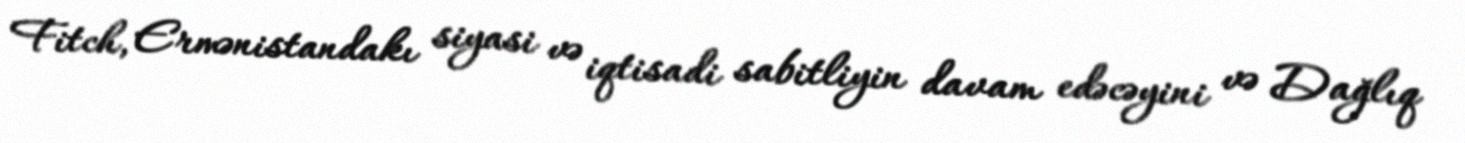
Fitch, Ermənistandakı siyasi və iqtisadi sabitliyin davam edəcəyini və Dağlıq